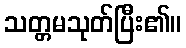
သတ္တမသုတ်ပြီး၏။